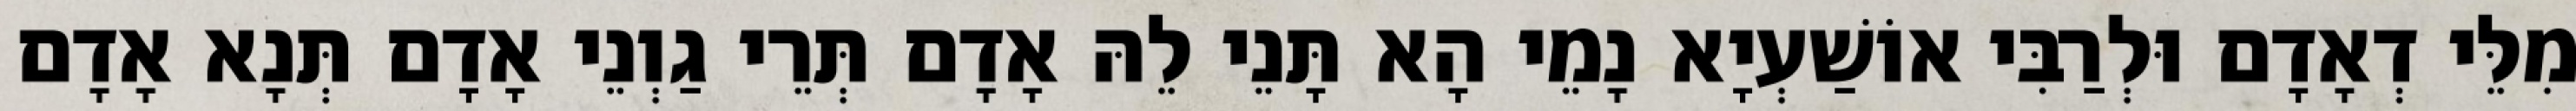
מִלֵּי דְאָדָם וּלְרַבִּי אוֹשַׁעְיָא נָמֵי הָא תָּנֵי לֵהּ אָדָם תְּרֵי גַוְנֵי אָדָם תְּנָא אָדָם